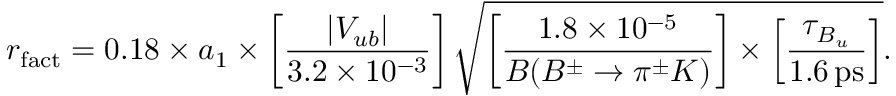
r _ { \mathrm { f a c t } } = 0 . 1 8 \times a _ { 1 } \times \left[ \frac { | V _ { u b } | } { 3 . 2 \times 1 0 ^ { - 3 } } \right] \sqrt { \left[ \frac { 1 . 8 \times 1 0 ^ { - 5 } } { B ( B ^ { \pm } \to \pi ^ { \pm } K ) } \right] \times \left[ \frac { \tau _ { B _ { u } } } { 1 . 6 \, \mathrm { p s } } \right] } .